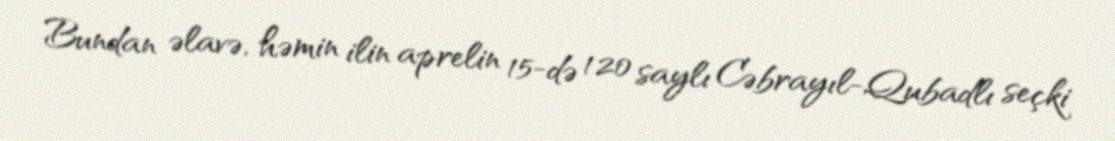
Bundan əlavə, həmin ilin aprelin 15-də 120 saylı Cəbrayıl-Qubadlı seçki